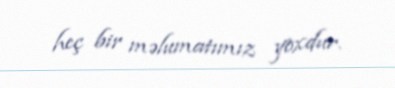
heç bir məlumatımız yoxdur.